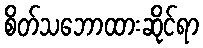
စိတ်သဘောထားဆိုင်ရာ